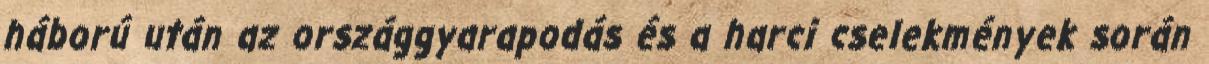
háború után az országgyarapodás és a harci cselekmények során